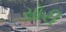
સૉરી